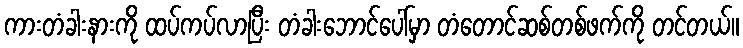
ကားတံခါးနားကို ထပ်ကပ်လာပြီး တံခါးဘောင်ပေါ်မှာ တံတောင်ဆစ်တစ်ဖက်ကို တင်တယ်။